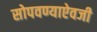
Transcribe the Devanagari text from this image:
सोपवण्याऐवजी